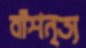
বাঁশনৃত্য